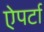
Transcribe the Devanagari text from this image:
ऐपर्टा